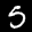
Label: 5